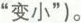
”变小”)。